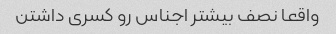
واقعا نصف بیشتر اجناس رو کسری داشتن